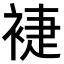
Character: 𧚨